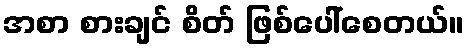
အစာ စားချင် စိတ် ဖြစ်ပေါ်စေတယ်။